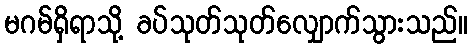
မဂမ်ရှိရာသို့ ခပ်သုတ်သုတ်လျှောက်သွားသည်။